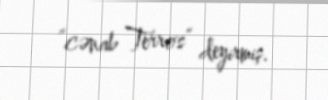
“cənab Terros” deyirmiş.